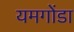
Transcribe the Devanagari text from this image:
यमगोंडा